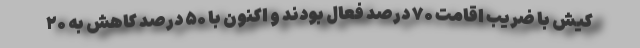
کیش با ضریب اقامت ۷۰ درصد فعال بودند و اکنون با ۵۰ درصد کاهش به ۲۰